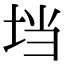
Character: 垱